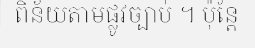
ពិន័យតាមផ្លូវច្បាប់ ។ ប៉ុន្តែ